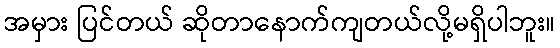
အမှား ပြင်တယ် ဆိုတာနောက်ကျတယ်လို့မရှိပါဘူး။